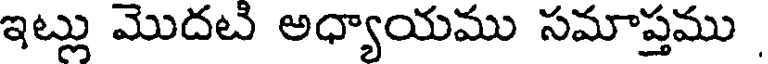
ఇట్లు మొదటి అధ్యాయము సమాప్తము